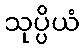
သုပ္ပိယံ